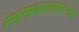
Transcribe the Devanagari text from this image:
लेखनप्रकारावरूनच